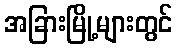
အခြားမြို့များတွင်